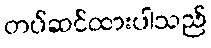
တပ်ဆင်ထားပါသည်